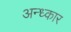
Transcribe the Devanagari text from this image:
अन्ध्कार